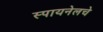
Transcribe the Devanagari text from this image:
स्पायनेलचे